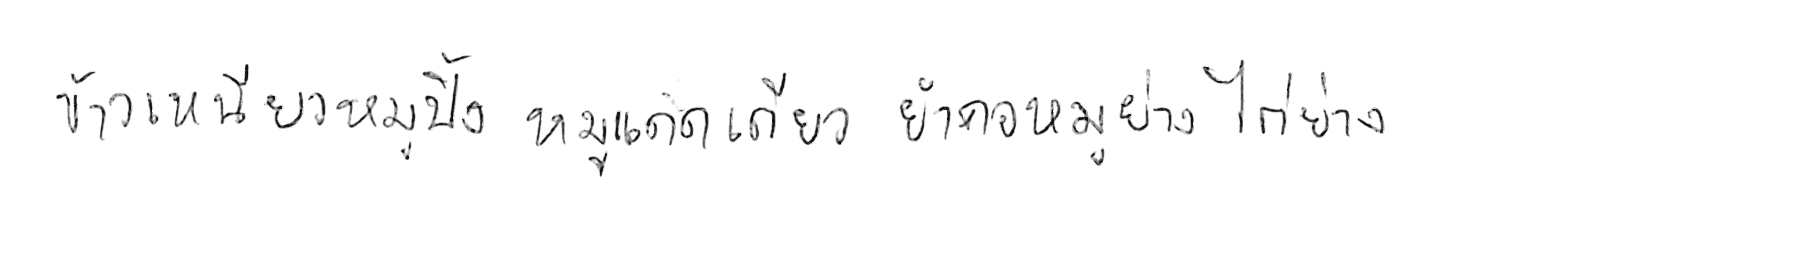
ข้าวเหนียวหมูปิ้ง หมูแดดเดียวย่าง ยำคอหมูย่าง ไก่ย่าง